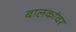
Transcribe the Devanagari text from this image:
बालकांवर